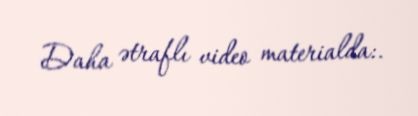
Daha ətraflı video materialda:.